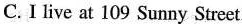
C. I live at 109 Sunny Street.